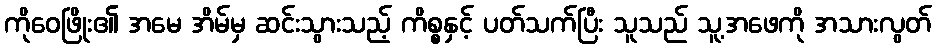
ကိုဝေဖြိုး၏ အမေ အိမ်မှ ဆင်းသွားသည့် ကိစ္စနှင့် ပတ်သက်ပြီး သူသည် သူ့အဖေကို အသားလွတ်